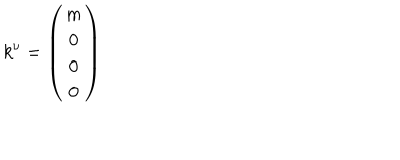
k ^ { \nu } = \left( \begin{array} { c } { { m } } \\ { { 0 } } \\ { { 0 } } \\ { { 0 } } \\ \end{array} \right)